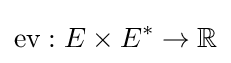
{\text{ev}}:E\times E^{*}\to \mathbb {R}